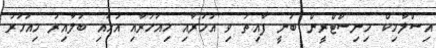
އިސްލާމިކް މިނިސްޓްރީން ބުނީ ފާއިތު ވި އަހަރާއި މިއަހަރާއި އަޅައި ބަލާއިރު މިއަހަރު